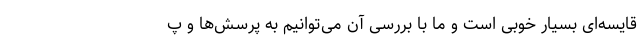
قایسه‌ای بسیار خوبی است و ما با بررسی آن می‌توانیم به پرسش‌ها و پ